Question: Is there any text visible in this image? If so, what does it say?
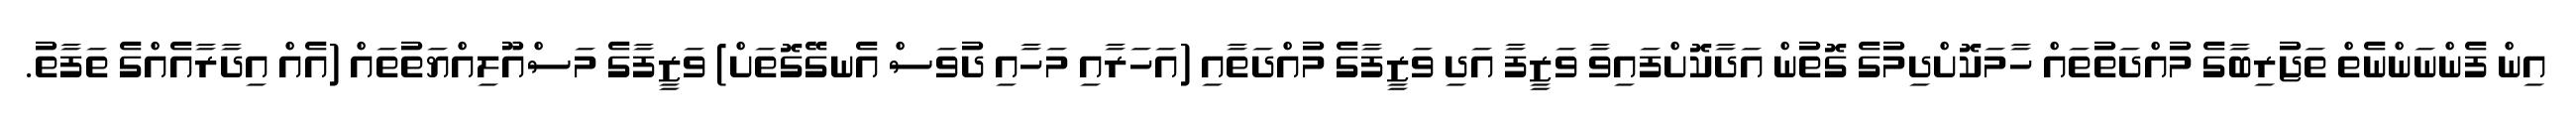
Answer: އިން ފެންނަންނެތް ތަޖުރިބާގެ މުއްދަތުތައް ހާމަކޮށްދިމުގެ ގޮތުން އަދާކޮށްފައިވާ ވަޒީފާ އަދި ވަޒީފާގެ މުއްދަތާއި (އަހަރާއި މަހާއި ދުވަސް އެނގޭގޮތަށް) ވަޒީފާގެ މަސްއޫލިއްޔަތުތައް (އެއް އިދާރާއެއްގެ ތަފާތު.